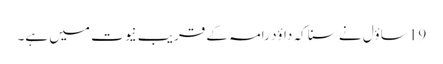
19 ساؤل نے سنا کہ داؤد رامہ کے قریب نیوت میں ہے۔